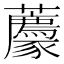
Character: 𧲛